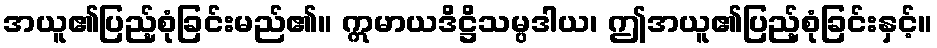
အယူ၏ပြည့်စုံခြင်းမည်၏။ ဣမာယဒိဋ္ဌိသမ္ပဒါယ၊ ဤအယူ၏ပြည့်စုံခြင်းနှင့်။